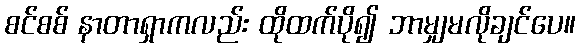
စင်စစ် နာတာရှာကလည်း ထိုထက်ပို၍ ဘာမျှမလိုချင်ပေ။